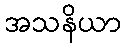
အသနိယာ